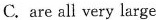
C. are all very large